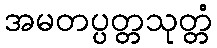
အမတပ္ပတ္တသုတ္တံ